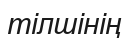
тілшінің